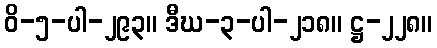
ဝိ-၅-ပါ-၂၉၃။ ဒီဃ-၃-ပါ-၂၁၈။ ဋ္ဌ-၂၂၈။